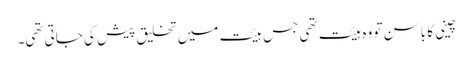
چینی کا باسن تو وہ ہیئت تھی جس ہیئت میں تخلیق پیش کی جاتی تھی۔